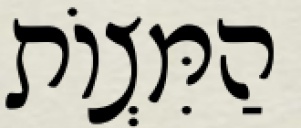
הַמִּצְוֹת